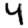
Digit: 4